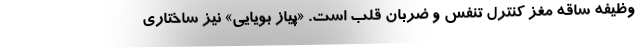
وظیفه ساقه مغز کنترل تنفس و ضربان قلب است. «پیاز بویایی» نیز ساختاری